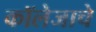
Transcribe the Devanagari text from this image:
कॉलेजाचे